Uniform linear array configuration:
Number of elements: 4
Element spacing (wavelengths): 0.5
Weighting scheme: blackman
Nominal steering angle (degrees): -15
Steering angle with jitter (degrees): -14.383
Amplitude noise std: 0.05
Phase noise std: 0.05

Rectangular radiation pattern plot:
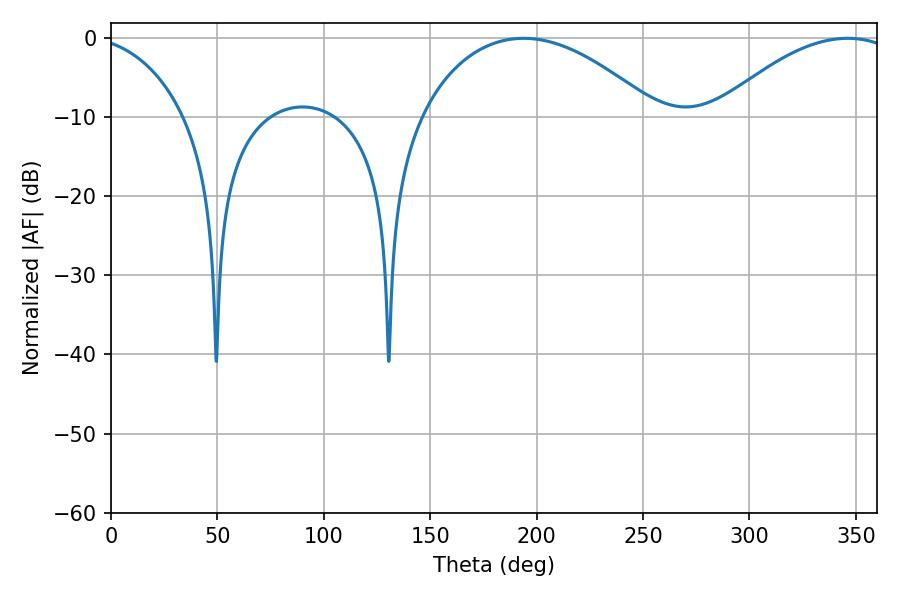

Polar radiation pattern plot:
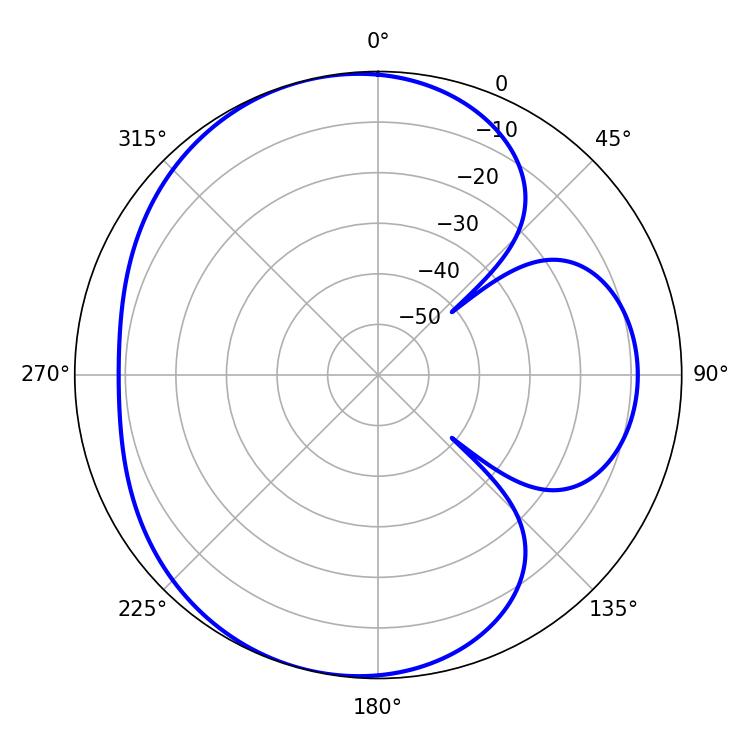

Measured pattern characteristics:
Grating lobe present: FALSE
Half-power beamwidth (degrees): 62.64
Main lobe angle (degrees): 193.86